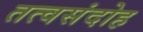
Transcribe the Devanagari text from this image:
तत्वसंदोह